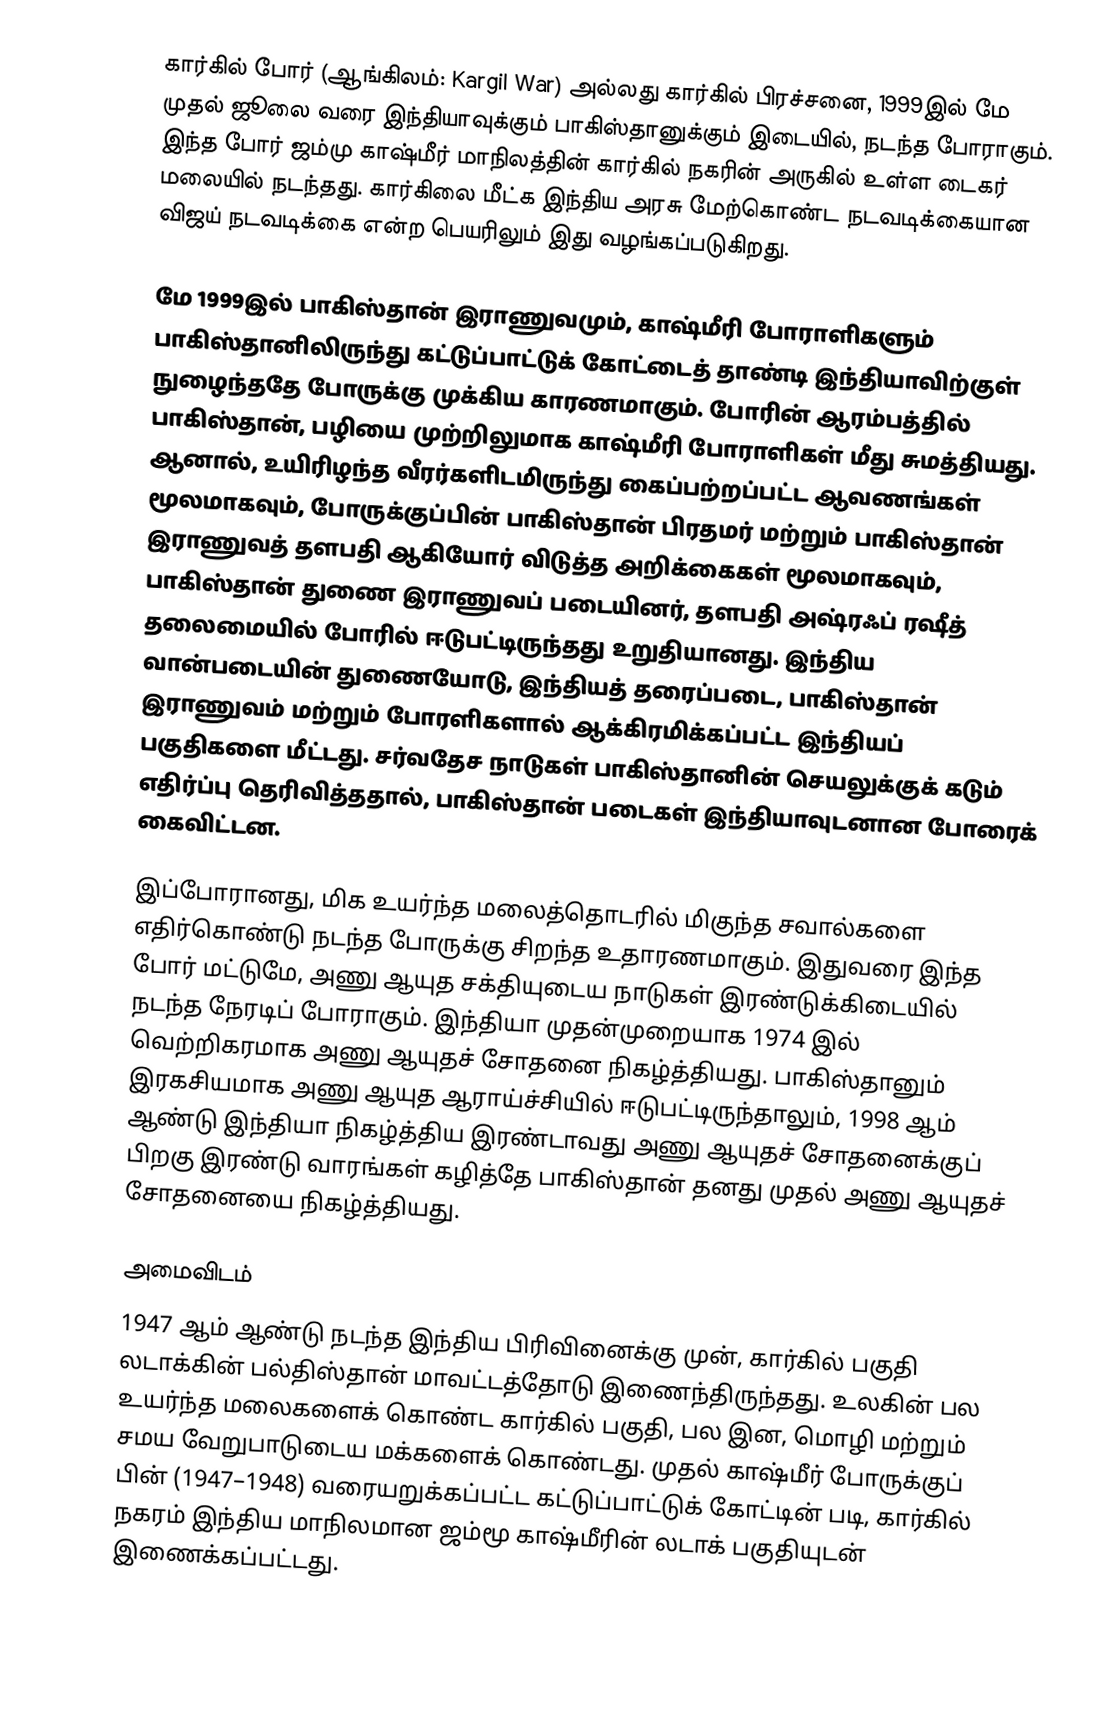
கார்கில் போர் (ஆங்கிலம்: Kargil War) அல்லது கார்கில் பிரச்சனை, 1999இல் மே முதல் ஜூலை வரை இந்தியாவுக்கும் பாகிஸ்தானுக்கும் இடையில், நடந்த போராகும். இந்த போர் ஜம்மு காஷ்மீர் மாநிலத்தின் கார்கில் நகரின் அருகில் உள்ள டைகர் மலையில் நடந்தது. கார்கிலை மீட்க இந்திய அரசு மேற்கொண்ட நடவடிக்கையான விஜய் நடவடிக்கை என்ற பெயரிலும் இது வழங்கப்படுகிறது.

மே 1999இல் பாகிஸ்தான் இராணுவமும், காஷ்மீரி போராளிகளும் பாகிஸ்தானிலிருந்து கட்டுப்பாட்டுக் கோட்டைத் தாண்டி இந்தியாவிற்குள் நுழைந்ததே போருக்கு முக்கிய காரணமாகும். போரின் ஆரம்பத்தில் பாகிஸ்தான், பழியை முற்றிலுமாக காஷ்மீரி போராளிகள் மீது சுமத்தியது. ஆனால், உயிரிழந்த வீரர்களிடமிருந்து கைப்பற்றப்பட்ட ஆவணங்கள் மூலமாகவும், போருக்குப்பின் பாகிஸ்தான் பிரதமர் மற்றும் பாகிஸ்தான் இராணுவத் தளபதி ஆகியோர் விடுத்த அறிக்கைகள் மூலமாகவும், பாகிஸ்தான் துணை இராணுவப் படையினர், தளபதி அஷ்ரஃப் ரஷீத் தலைமையில் போரில் ஈடுபட்டிருந்தது உறுதியானது. இந்திய வான்படையின் துணையோடு, இந்தியத் தரைப்படை, பாகிஸ்தான் இராணுவம் மற்றும் போரளிகளால் ஆக்கிரமிக்கப்பட்ட இந்தியப் பகுதிகளை மீட்டது. சர்வதேச நாடுகள் பாகிஸ்தானின் செயலுக்குக் கடும் எதிர்ப்பு தெரிவித்ததால், பாகிஸ்தான் படைகள் இந்தியாவுடனான போரைக் கைவிட்டன.

இப்போரானது, மிக உயர்ந்த மலைத்தொடரில் மிகுந்த சவால்களை எதிர்கொண்டு நடந்த போருக்கு சிறந்த உதாரணமாகும். இதுவரை இந்த போர் மட்டுமே, அணு ஆயுத சக்தியுடைய நாடுகள் இரண்டுக்கிடையில் நடந்த நேரடிப் போராகும். இந்தியா முதன்முறையாக 1974 இல் வெற்றிகரமாக அணு ஆயுதச் சோதனை நிகழ்த்தியது. பாகிஸ்தானும் இரகசியமாக அணு ஆயுத ஆராய்ச்சியில் ஈடுபட்டிருந்தாலும், 1998 ஆம் ஆண்டு இந்தியா நிகழ்த்திய இரண்டாவது அணு ஆயுதச் சோதனைக்குப் பிறகு இரண்டு வாரங்கள் கழித்தே பாகிஸ்தான் தனது முதல் அணு ஆயுதச் சோதனையை நிகழ்த்தியது.

அமைவிடம்
1947 ஆம் ஆண்டு நடந்த இந்திய பிரிவினைக்கு முன், கார்கில் பகுதி லடாக்கின் பல்திஸ்தான் மாவட்டத்தோடு இணைந்திருந்தது. உலகின் பல உயர்ந்த மலைகளைக் கொண்ட கார்கில் பகுதி, பல இன, மொழி மற்றும் சமய வேறுபாடுடைய மக்களைக் கொண்டது. முதல் காஷ்மீர் போருக்குப் பின் (1947–1948) வரையறுக்கப்பட்ட கட்டுப்பாட்டுக் கோட்டின் படி, கார்கில் நகரம் இந்திய மாநிலமான ஜம்மூ காஷ்மீரின் லடாக் பகுதியுடன் இணைக்கப்பட்டது.